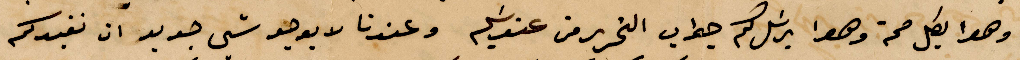
وهوا بكل صحة وهوا يرسل لكم جواب التحرير من عندكم وعندنا لا يوجد شي جديد ان نخبركم